Report of the Indian Hemp Drugs Commission, 1894-1895 - Volume V
Year: 1894
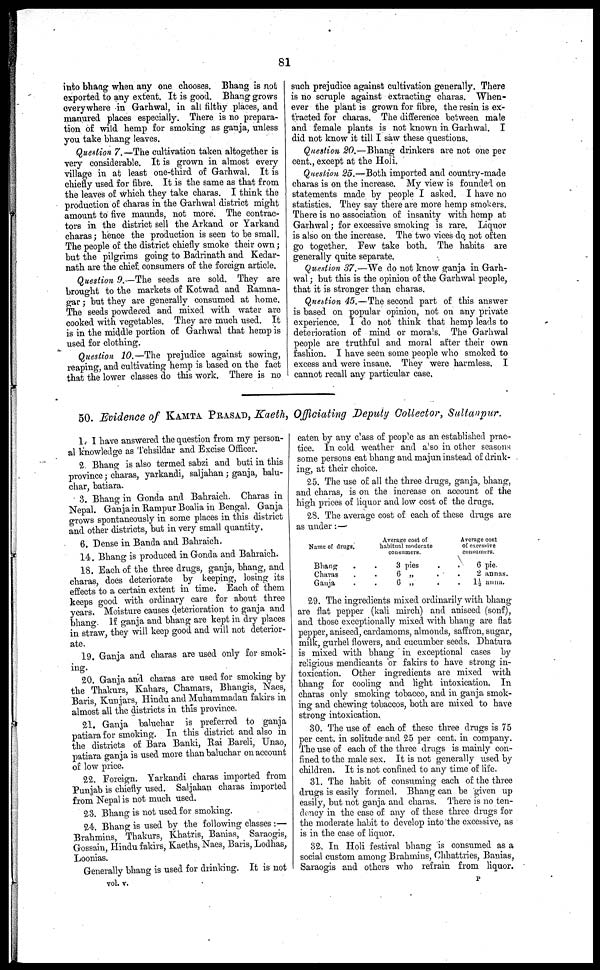
81
into bhang when any one chooses. Bhang is not
exported to any extent. It is good. Bhang grows
everywhere in Garhwal, in all filthy places, and
manured places especially. There is no prepara-
tion of wild hemp for smoking as ganja, unless
you take bhang leaves.
Question 7.—The cultivation taken altogether is
very considerable. It is grown in almost every
village in at least one-third of Garhwal. It is
chiefly used for fibre. It is the same as that from
the leaves of which they take charas. I think the
production of charas in the Garhwal district might
amount to five maunds, not more. The contrac-
tors in the district sell the Arkand or Yarkand
charas; hence the production is seen to be small.
The people of the district chiefly smoke their own;
but the pilgrims going to Badrinath and Kedar-
nath are the chief consumers of the foreign article.
Question 9.—The seeds are sold. They are
brought to the markets of Kotwad and Ramna-
gar; but they are generally consumed at home.
The seeds powdered and mixed with water are
cooked with vegetables. They are much used. It
is in the middle portion of Garhwal that hemp is
used for clothing.
Question 10.— The prejudice against sowing,
reaping, and cultivating hemp is based on the fact
that the lower classes do this work. There is no
such prejudice against cultivation generally. There
is no scruple against extracting charas. When-
ever the plant is grown for fibre, the resin is ex-
tracted for charas. The difference between male
and female plants is not known in Garhwal. I
did not know it till I saw these questions.
Question 20.—Bhang drinkers are not one per
cent., except at the Holi.
Question 25.—Both imported and country-made
charas is on the increase. My view is founded on
statements made by people I asked. I have no
statistics. They say there are more hemp smokers.
There is no association of insanity with hemp at
Garhwal; for excessive smoking is rare. Liquor
is also on the increase. The two vices do not often
go together. Few take both. The habits are
generally quite separate.
Question 37.—We do not know ganja in Garh-
wal ; but this is the opinion of the Garhwal people,
that it is stronger than charas.
Qnestion 45.—The second part of this answer
is based on popular opinion, not on any private
experience. I do not think that hemp leads to
deterioration of mind or morals. The Garhwal
people are truthful and moral after their own
fashion. I have seen some people who smoked to
excess and were insane. They were harmless. I
cannot recall any particular case.
50. Evidence of KAMTA PRASAD, Kaeth, Officiating Deputy Collector, Sultanpur.
1. I have answered the question from my person-
al knowledge as Tehsildar and Excise Officer.
2. Bhang is also termed sabzi and buti in this
province; charas, yarkandi, saljahan; ganja, balu-
char, batiara.
3. Bhang in Gonda and Bahraich. Charas in
Nepal. Ganja in Rampur Boalia in Bengal. Ganja
grows spontaneously in some places in this district
and other districts, but in very small quantity.
6. Dense in Banda and Bahraich.
14. Bhang is produced in Gonda and Bahraich.
18. Each of the three drugs, ganja, bhang, and
charas, does deteriorate by keeping, losing its
effects to a certain extent in time. Each of them
keeps good with ordinary cave for about three
years. Moisture causes deterioration to ganja and
bhang. If ganja and bhang are kept in dry places
in straw, they will keep good and will not deterior-
ate.
19. Ganja and charas are used only for smok-
ing.
20. Ganja and charas are used for smoking by
the Thakurs, Kahars, Chamars, Bhangis, Naes,
Baris, Kunjars, Hindu and Muhammadau fakirs in
almost all the districts in this province.
21. Ganja baluchar is preferred to ganja
patiara for smoking. In this district and also in
the districts of Bara Banki, Rai Barch, Unao,
patiara ganja is used more than baluchar on account
of low price.
22. Foreign. Yarkandi charas imported from
Punjab is chiefly used. Saljahan charas imported
from Nepal is not much used.
23. Bhang is not used for smoking.
24. Bhang is used by the following classes :—
Brahmins, Thakurs, Khatris, Banias, Saraogis,
Gossain, Hindu fakirs, Kaeths, Naes, Bans, Lodhas,
Loomas.
Generally bhang is used for drinking. It is not
eaten by any class of people as an established prac-
tice. In cold weather and also in other seasons
some persons eat bhang and majun instead of drink-
ing, at their choice.
25. The use of all the three drugs, ganja, bhang,
and charas, is on the increase on account of the
high prices of liquor and low cost of the drugs.
28. The average cost of each of these drugs are
as under:—
Name of drugs.
Bhang . .
Charas . .
Ganja . .
Average cost of
habitual modorate
consumers.
3 pies . .
6 „ . .
6 „ . .
Average cost
of excessive
consumers.
6 pie.
2 annas.
1½ anna.
29. The ingredients mixed ordinarily with bhang
are flat pepper (kali mirch) and aniseed (sonf),
and those exceptionally mixed with bhang are flat
pepper, aniseed, cardamoms, almonds, saffron, sugar,
milk, gurhel flowers, and cucumber seeds. Dhatura
is mixed with bhang in exceptional cases by
religious mendicants or fakirs to have strong in-
toxication. Other ingredients are mixed with
bhang for cooling and light intoxication. In
charas only smoking tobacco, and in ganja smok-
ing and chewing tobaccos, both are mixed to have
strong intoxication.
30. The use of each of these three drugs is 75
per cent. in solitude and 25 per cent. in company.
The use of each of the three drugs is mainly con-
fined to the male sex. It is not generally used by
children. It is not confined to any time of life.
31. The habit of consuming each of the three
drugs is easily formed. Bhang can be given up
easily, but not ganja and charas. There is no ten-
dency in the case of any of these three drugs for
the moderate habit to develop into the excessive, as
is in the case of liquor.
32. In Holi festival bhang is consumed as a
social custom among Brahmins, Chhattries, Banias,
Saraogis and others who refrain from liquor.
vol. v.
P